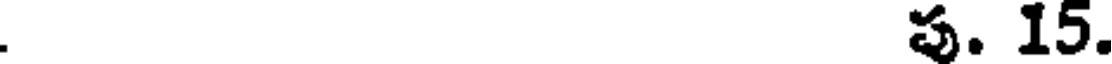
. . 15.